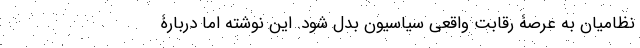
نظامیان به عرصۀ رقابت واقعی سیاسیون بدل شود. این نوشته اما دربارۀ